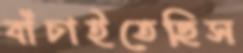
বাঁচাইতেছিস